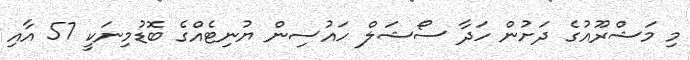
މި މަޝްރޫއުގެ ދަށުން ހަދާ ސޯޝަލް ހައުސިން ޔުނިޓެއްގެ ބޮޑުމިނަކީ 57 އާއި